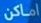
اماكن